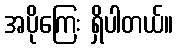
အပိုကြေး ရှိပါတယ်။